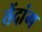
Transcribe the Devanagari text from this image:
तेंदांग